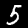
Digit: 5